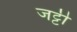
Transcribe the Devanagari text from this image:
जट्टी